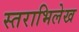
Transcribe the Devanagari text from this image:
स्तराभिलेख